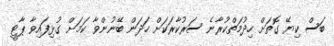
ބަސް ކިޔޭ ގޮތަށް ހިދުމަތްކުރާނެ ސަރުކާރަކަށް ހަދަން ބޭނުންވާ ކަމަށް ގުޅިފައިވާ ޕާޓީ